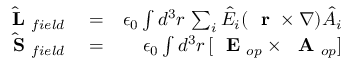
\begin{array} { r l r } { \hat { \mathrm { ~ \bf ~ L ~ } } _ { f i e l d } } & { { } = } & { \epsilon _ { 0 } \int d ^ { 3 } r \, \sum _ { i } \hat { E } _ { i } ( \mathrm { ~ \bf ~ r ~ } \times \nabla ) \hat { A } _ { i } } \\ { \hat { \mathrm { ~ \bf ~ S ~ } } _ { f i e l d } } & { { } = } & { \epsilon _ { 0 } \int d ^ { 3 } r \, [ \mathrm { ~ \bf ~ E ~ } _ { o p } \times \mathrm { ~ \bf ~ A ~ } _ { o p } ] } \end{array}